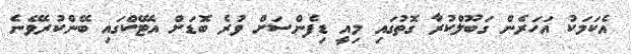
އެކަމަކު އަހަރެން ގަބޫލްކުރާ ގޮތުގައި މިއީ ޑިފެންސަށް ވުރެ ބޮޑަށް އެޓޭކްގައި ބޭންކުރެވޭނެ